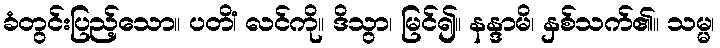
ခံတွင်းပြည့်သော။ ပတိံ၊ လင်ကို။ ဒိသွာ၊ မြင်၍။ နန္ဒာမိ၊ နှစ်သက်၏။ သမ္မ၊